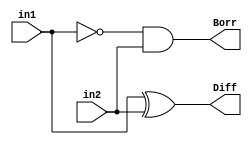
`timescale 1ns / 1ps
//////////////////////////////////////////////////////////////////////////////////

// ID     : N180116
//Branch  : ECE
//Project : RTL design using Verilog
//Design  : Full substractor using Half subtractor
//Module  : Half subtractor Module
//RGUKT NUZVID 
//////////////////////////////////////////////////////////////////////////////////


module hs(in1,in2,Diff,Borr);
input in1,in2;
output Diff,Borr;
assign Diff=in1^in2;
assign Borr=((~in1)&in2);
endmodule